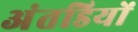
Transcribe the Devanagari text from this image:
अंतडियों